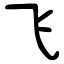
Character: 飞